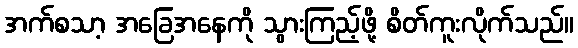
အက်စသာ့ အခြေအနေကို သွားကြည့်ဖို့ စိတ်ကူးလိုက်သည်။